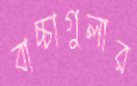
বাচ্চাগুলার